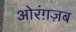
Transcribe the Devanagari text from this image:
ओरंग़ज़ब